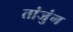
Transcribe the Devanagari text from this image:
तांजुंग